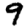
Digit: 9